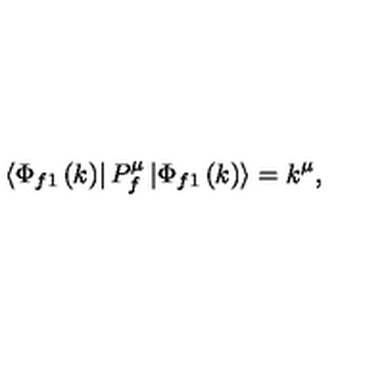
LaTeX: \left\langle \Phi _ { f 1 } \left( k \right) \right| P _ { f } ^ { \mu } \left| \Phi _ { f 1 } \left( k \right) \right\rangle = k ^ { \mu } ,